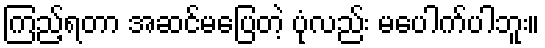
ကြည့်ရတာ အဆင်မပြေတဲ့ ပုံလည်း မပေါက်ပါဘူး။